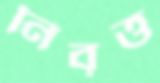
নিবৃত্ত